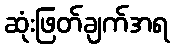
ဆုံးဖြတ်ချက်အရ